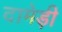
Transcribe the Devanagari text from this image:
दामेड़ी